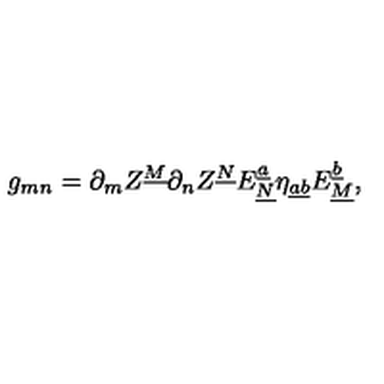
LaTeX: g _ { m n } = \partial _ { m } Z ^ { \underline { M } } \partial _ { n } Z ^ { \underline { N } } E _ { \underline { N } } ^ { \underline { { a } } } \eta _ { \underline { { a } } \underline { { b } } } E _ { \underline { M } } ^ { \underline { { b } } } ,